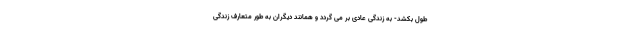
طول بکشد- به زندگی عادی بر می گردد و همانند دیگران به طور متعارف زندگی